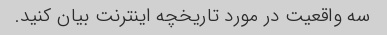
سه واقعیت در مورد تاریخچه اینترنت بیان کنید.